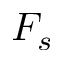
F _ { s }